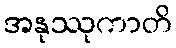
အနုဿုကာတိ